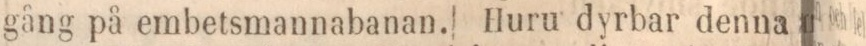
gång på embetsmannabanan. Huru dyrbar denna